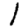
Digit: 1